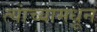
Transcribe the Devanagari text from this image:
त्यांच्यामधून